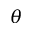
\theta